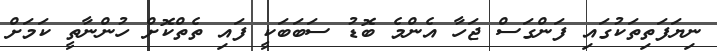
ނިޔަފަތިތަކުގައި ފަންގަސް ޖަހާ އެންމެ ބޮޑު ސަބަބަކީ ފައި ތެތްކޮށް ހުންނާތީ ކަމަށް